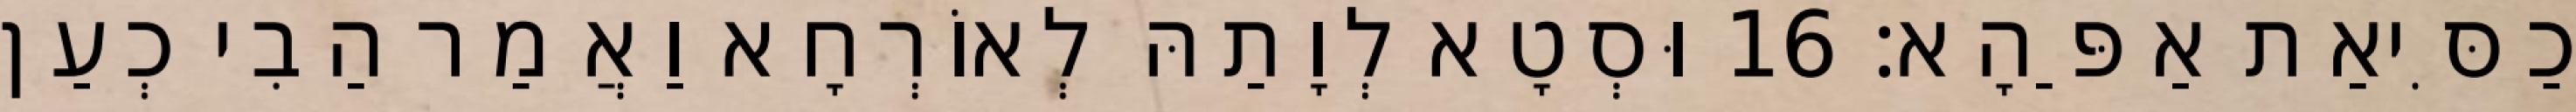
כַסִּיאַת אַפַּהָא׃ 16 וּסְטָא לְוָתַהּ לְאוֹרְחָא וַאֲמַר הַבִי כְעַן